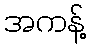
အကန့်